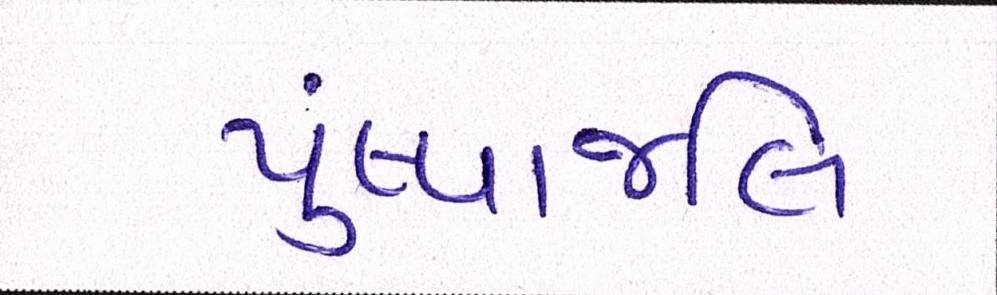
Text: પુંષ્પાજલિ